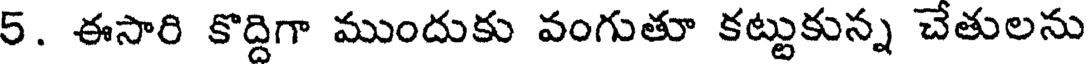
5. ఈసారి కొద్దిగా ముందుకు వంగుతూ కట్టుకున్న చేతులను